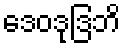
ဒေဝဒုဒြဘိ